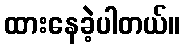
ထားနေခဲ့ပါတယ်။